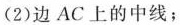
(2)边AC上的中线；